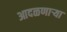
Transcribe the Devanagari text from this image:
आदळणार्‍या